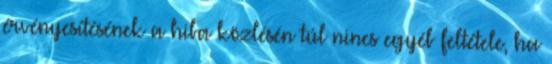
érvényesítésének a hiba közlésén túl nincs egyéb feltétele, ha